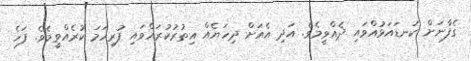
ގެފާނަށް ކަނޑައަޅުއްވައި ދެއްވީމެވެ. އަދި އެއަށް ދިހަޔެއް އިތުރުކުރައްވައި ފުރިހަމަ ކުރެއްވީމެވެ. ފަހެ